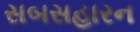
સબસહારન